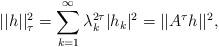
LaTeX: \begin{align*}||h||^2_\tau=\sum\limits_{k=1}^\infty \lambda_k^{2\tau} |h_k|^2 =||A^\tau h||^2,\end{align*}